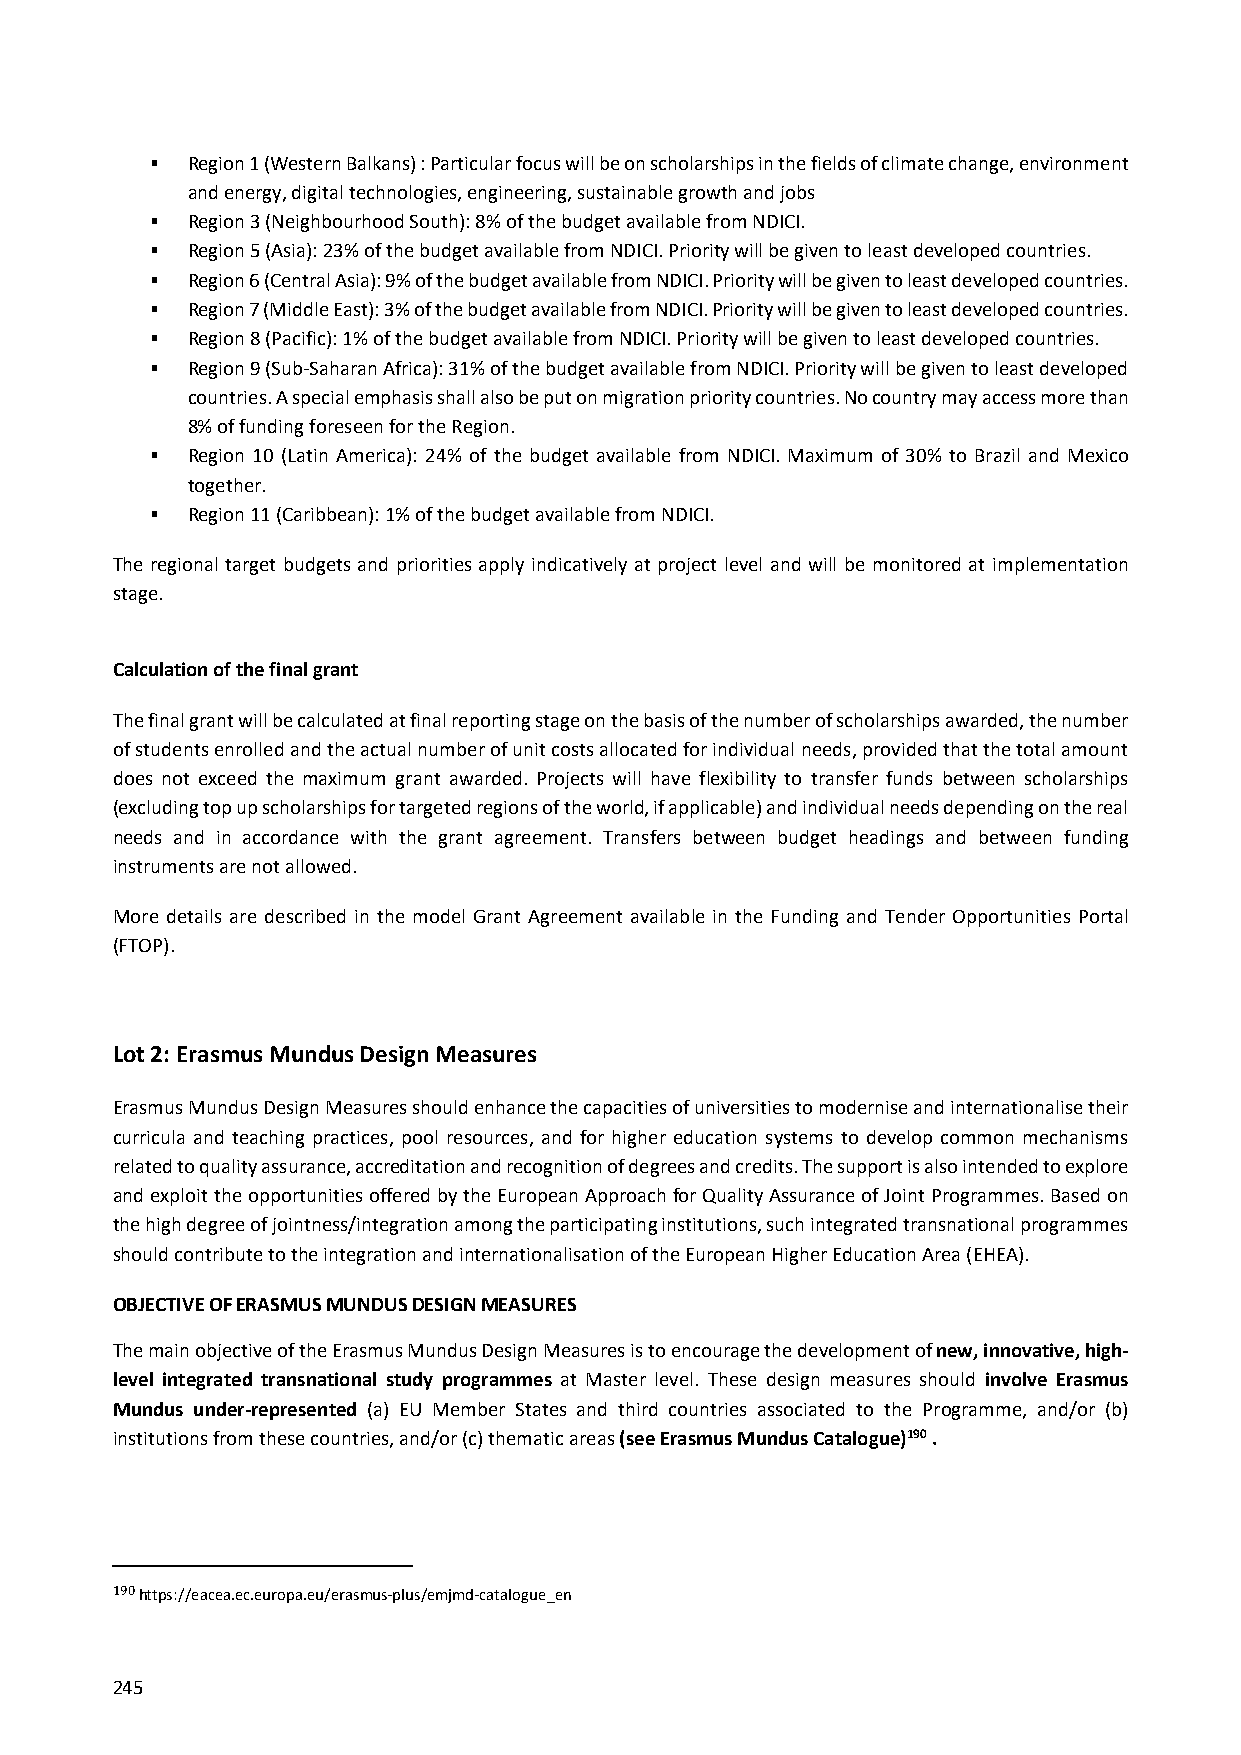
 Region 1 (Western Balkans) : Particular focus will be on scholarships in the fields of climate change, environment
 and energy, digital technologies, engineering, sustainable growth and jobs
  Region 3 (Neighbourhood South): 8% of the budget available from NDICI.
  Region 5 (Asia): 23% of the budget available from NDICI. Priority will be given to least developed countries.
  Region 6 (Central Asia): 9% of the budget available from NDICI. Priority will be given to least developed countries.
  Region 7 (Middle East): 3% of the budget available from NDICI. Priority will be given to least developed countries.
  Region 8 (Pacific): 1% of the budget available from NDICI. Priority will be given to least developed countries.
  Region 9 (Sub‐Saharan Africa): 31% of the budget available from NDICI. Priority will be given to least developed
 countries. A special emphasis shall also be put on migration priority countries. No country may access more than
 8% of funding foreseen for the Region.
  Region 10 (Latin America): 24% of the budget available from NDICI. Maximum of 30% to Brazil and Mexico
 together.
  Region 11 (Caribbean): 1% of the budget available from NDICI.
 The regional target budgets and priorities apply indicatively at project level and will be monitored at implementation
 stage.
 Calculation of the final grant
 The final grant will be calculated at final reporting stage on the basis of the number of scholarships awarded, the number
 of students enrolled and the actual number of unit costs allocated for individual needs, provided that the total amount
 does not exceed the maximum grant awarded. Projects will have flexibility to transfer funds between scholarships
 (excluding top up scholarships for targeted regions of the world, if applicable) and individual needs depending on the real
 needs and in accordance with the grant agreement. Transfers between budget headings and between funding
 instruments are not allowed.
 More details are described in the model Grant Agreement available in the Funding and Tender Opportunities Portal
 (FTOP).
 Lot 2: Erasmus Mundus Design Measures
 Erasmus Mundus Design Measures should enhance the capacities of universities to modernise and internationalise their
 curricula and teaching practices, pool resources, and for higher education systems to develop common mechanisms
 related to quality assurance, accreditation and recognition of degrees and credits. The support is also intended to explore
 and exploit the opportunities offered by the European Approach for Quality Assurance of Joint Programmes. Based on
 the high degree of jointness/integration among the participating institutions, such integrated transnational programmes
 should contribute to the integration and internationalisation of the European Higher Education Area (EHEA).
 OBJECTIVE OF ERASMUS MUNDUS DESIGN MEASURES
 The main objective of the Erasmus Mundus Design Measures is to encourage the development of new, innovative, high‐
 level integrated transnational study programmes at Master level. These design measures should involve Erasmus
 Mundus under‐represented (a) EU Member States and third countries associated to the Programme, and/or (b)
 institutions from these countries, and/or (c) thematic areas (see Erasmus Mundus Catalogue)190 .
 190 https://eacea.ec.europa.eu/erasmus‐plus/emjmd‐catalogue_en
 245